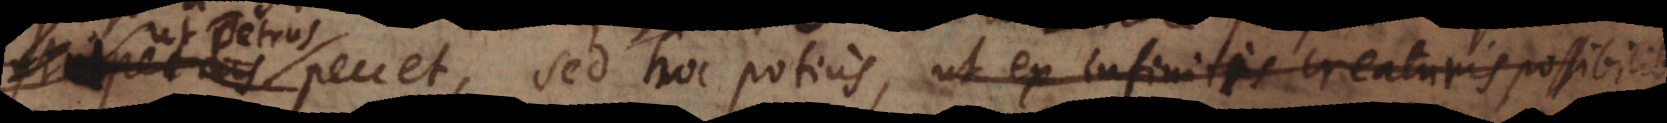
Petrus peccet, sed hoc potius, ut ex infinitis creaturis possibili